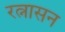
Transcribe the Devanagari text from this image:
रत्नासन